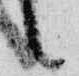
言